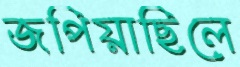
জপিয়াছিলে